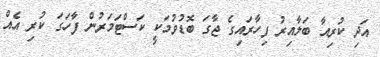
އަދި ކުރިއާ ބަލާއިރު ފިހާރައިގެ ޖާގަ ބޮޑުވުމަކީ ކަސްޓަމަރުން ފާހަގަ ކުރި އެއް